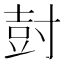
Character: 尌